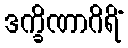
ဒက္ခိဏာဂိရိံ